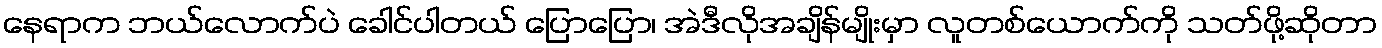
နေရာက ဘယ်လောက်ပဲ ခေါင်ပါတယ် ပြောပြော၊ အဲဒီလိုအချိန်မျိုးမှာ လူတစ်ယောက်ကို သတ်ဖို့ဆိုတာ